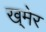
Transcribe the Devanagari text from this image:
ख्‌मेर